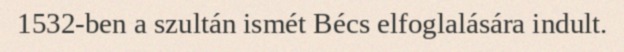
1532-ben a szultán ismét Bécs elfoglalására indult.